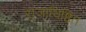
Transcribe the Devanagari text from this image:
राजाधिष्ठित